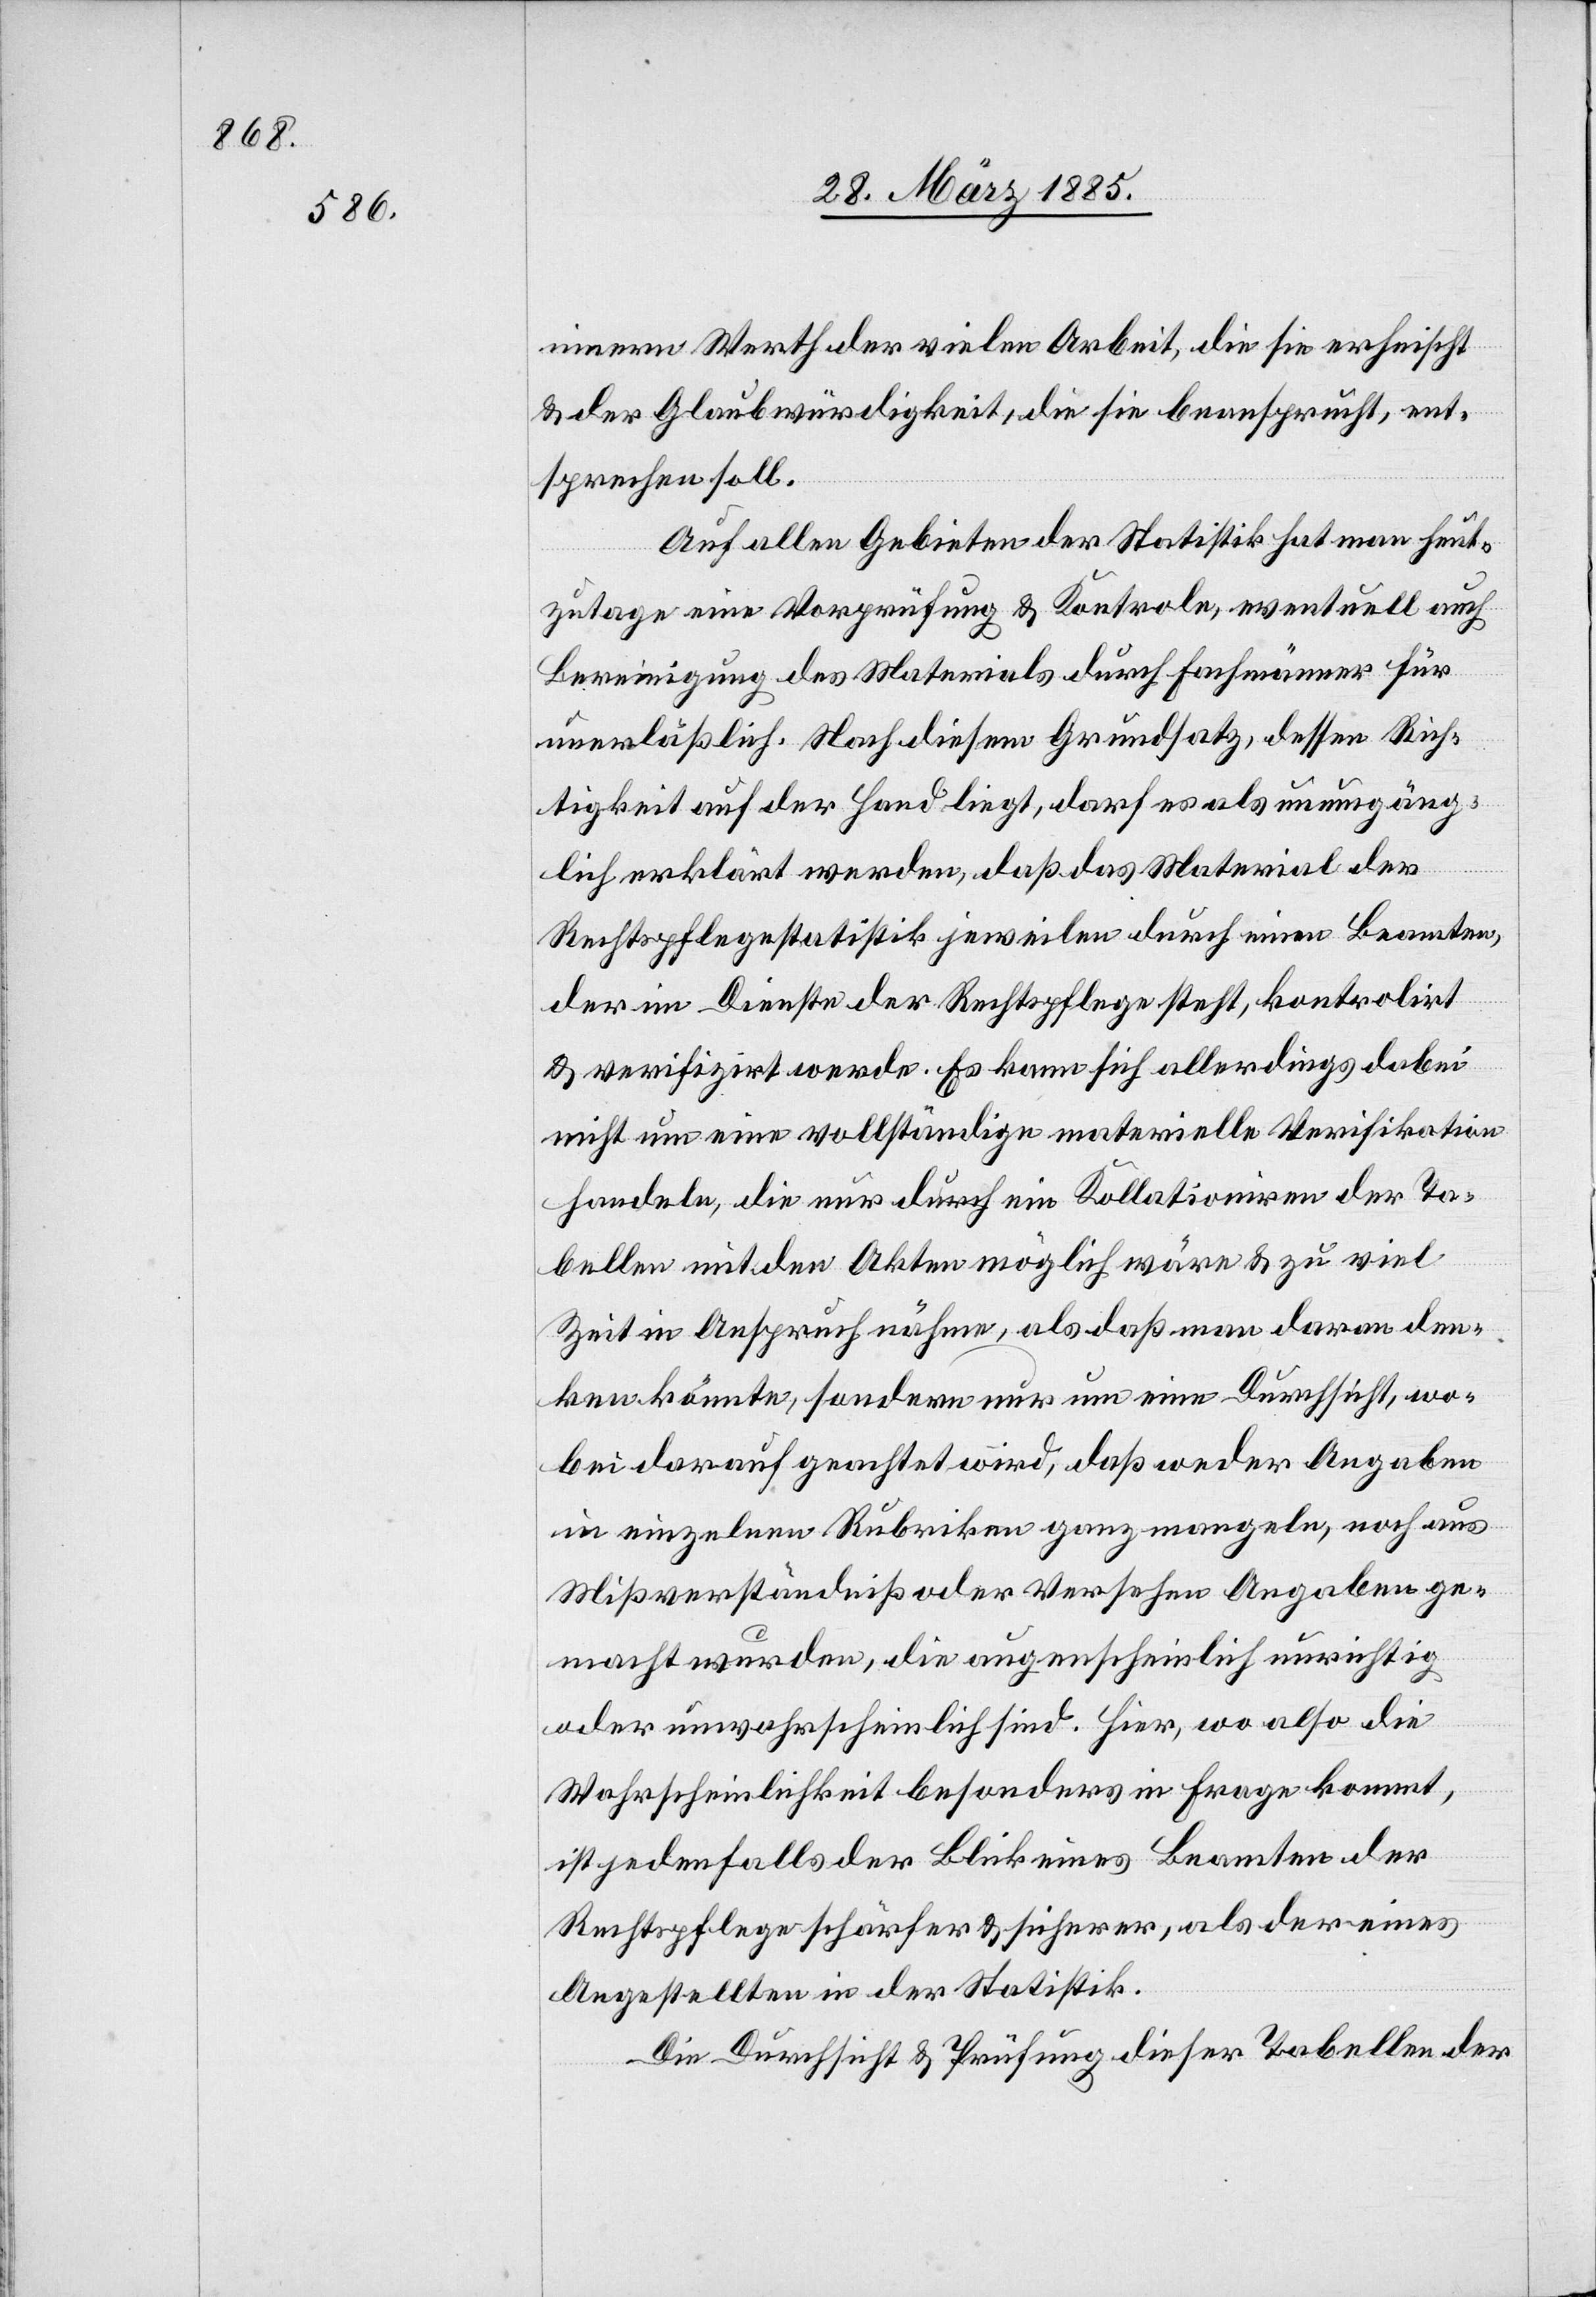
innern Werth der vielen Arbeit, die sie erheischt
& der Glaubwürdigkeit, die sie beansprucht, ent¬
sprechen soll.
Auf allen Gebieten der Statistik hält man heut¬
zutage eine Vorprüfung & Kontrole, eventuell auch
Bereinigung des Materials durch Fachmänner für
unerläßlich. Nach diesem Grundsatz, dessen Rich¬
tigkeit auf der Hand liegt, darf es als unumgäng¬
lich erklärt werden, daß das Material der
Rechtspflegestatistik jeweilen durch einen Beamten,
der im Dienste der Rechtspflege steht, kontrolirt
& verifizirt werde. Es kann sich allerdings dabei
nicht um eine vollständige materielle Verifikation
handeln[,] die nur durch ein Kollationiren der Ta¬
bellen mit den Akten möglich wäre & zu viel
Zeit in Anspruch nähme, als daß man daran den¬
ken könnte, sondern nur um eine Durchsicht, wo¬
bei darauf geachtet wird, daß weder Angaben
in einzelnen Rubriken ganz mangeln, noch aus
Mißverständniß oder Versehen Angaben ge¬
macht wurden, die augenscheinlich unrichtig
oder unwahrscheinlich sind. Hier, wo also die
Wahrscheinlichkeit besonders in Frage kommt,
ist jedenfalls der Blick eines Beamten der
Rechtspflege schärfer & sicherer, als der eines
Angestellten in der Statistik.
Die Durchsicht & Prüfung dieser Tabellen der